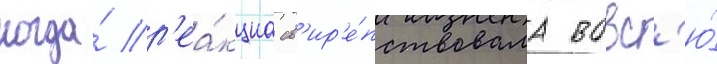
когда́ р'еа́кциа св'ир'е́пствовала вовс'ю́